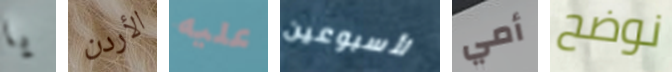
يا الأردن عليه لأسبوعين أمي نوضح